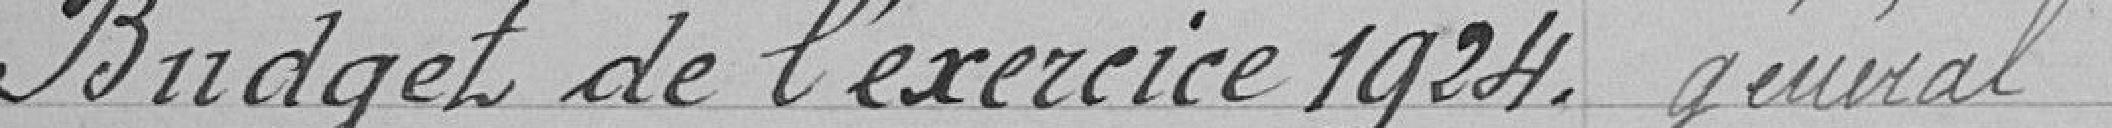
Budget de l'exercice 1924. général